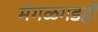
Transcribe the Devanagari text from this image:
मंगळगडही